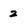
Character: 2